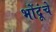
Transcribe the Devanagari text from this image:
भोंदूंचे